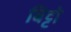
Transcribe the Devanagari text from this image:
बिट्टो